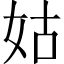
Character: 姑